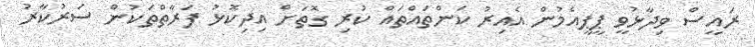
ރައީސް ވިދާޅުވީ ޕީޕީއެމުން އެއިރު ކަންތައްތައް ކުރި ގޮތަށް އިދިކޮޅު ފަރާތްތަކުން ސަރުކާރު